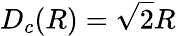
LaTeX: D_{c}(R)=\sqrt{2}R